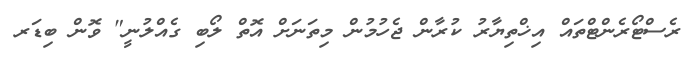
ރެސްޓޯރެންޓްތައް އިޚްތިޔާރު ކުރާން ޖެހުމުން މިތަނަށް އޮތް ލޯބި ގެއްލުނީ" ވޮން ބިޑަރ